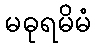
မဓုရမိမံ